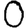
Digit: 0